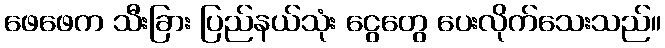
ဖေဖေက သီးခြား ပြည်နယ်သုံး ငွေတွေ ပေးလိုက်သေးသည်။